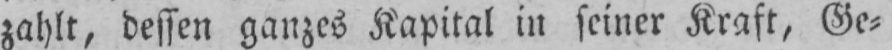
zahlt, dessen ganzes Kapital in seiner Kraft, Ge⸗